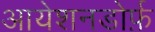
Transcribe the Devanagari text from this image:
आयेशनडोर्फ़